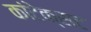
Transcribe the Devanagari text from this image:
कांटेक्सट